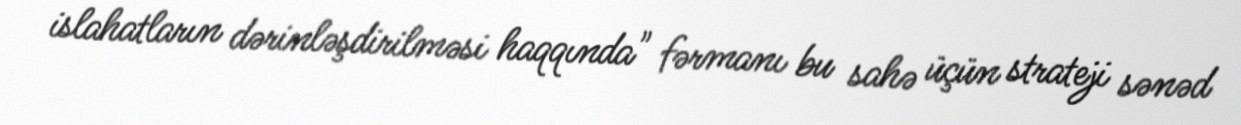
islahatların dərinləşdirilməsi haqqında" fərmanı bu sahə üçün strateji sənəd